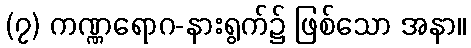
(၇) ကဏ္ဏရောဂ-နားရွက်၌ ဖြစ်သော အနာ။